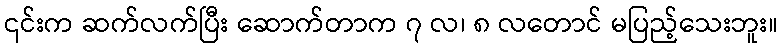
၎င်းက ဆက်လက်ပြီး ဆောက်တာက ၇ လ၊ ၈ လတောင် မပြည့်သေးဘူး။